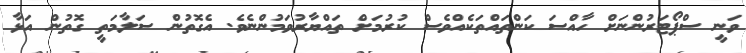
ވަނީ ސްޕޯޓަރުންނަށް ހާއްސަ ކަންތައްތަކެއްވެސް ކުރުމަށް ތައްޔާރުވަމުންނެވެ. އެގޮތުން ސަލާމަތީ ގޮތުން އަޅާ